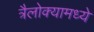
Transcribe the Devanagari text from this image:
त्रैलोक्यामध्ये